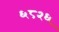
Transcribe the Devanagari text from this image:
६८२६